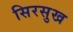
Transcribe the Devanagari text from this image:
सिरसुख